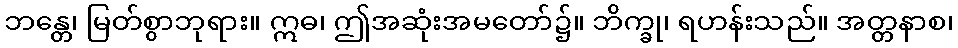
ဘန္တေ၊ မြတ်စွာဘုရား။ ဣဓ၊ ဤအဆုံးအမတော်၌။ ဘိက္ခု၊ ရဟန်းသည်။ အတ္တနာစ၊